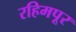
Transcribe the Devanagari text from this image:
रहिमपूर